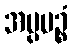
အပ္ပပဉ္စံ